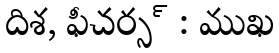
దిశ, ఫీచర్స్ : ముఖ